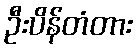
ဦးပိန်တံတား